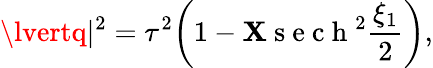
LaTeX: \lvertq\rvert^{2}=\tau^{2}\bigg(1-\mathbf{X}\mathrm{{~s~e~c~h~}}^{2}\frac{{\xi_{1}}}{{2}}\bigg),